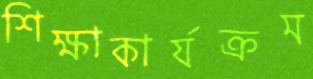
শিক্ষাকার্যক্রম